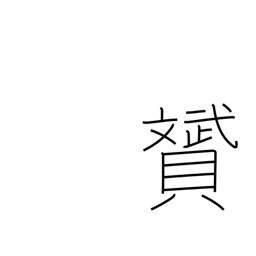
Meaning: beautiful